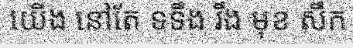
យើង នៅតែ ទទឹង រឹង មុខ សឹក